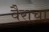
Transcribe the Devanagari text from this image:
वैराचा